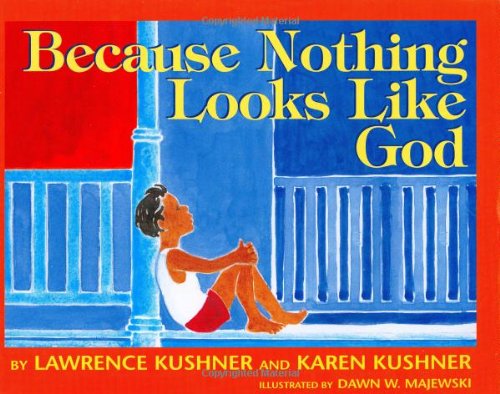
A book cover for Because Nothing Looks Like God; Rabbi Lawrence Kushner; Children's Books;